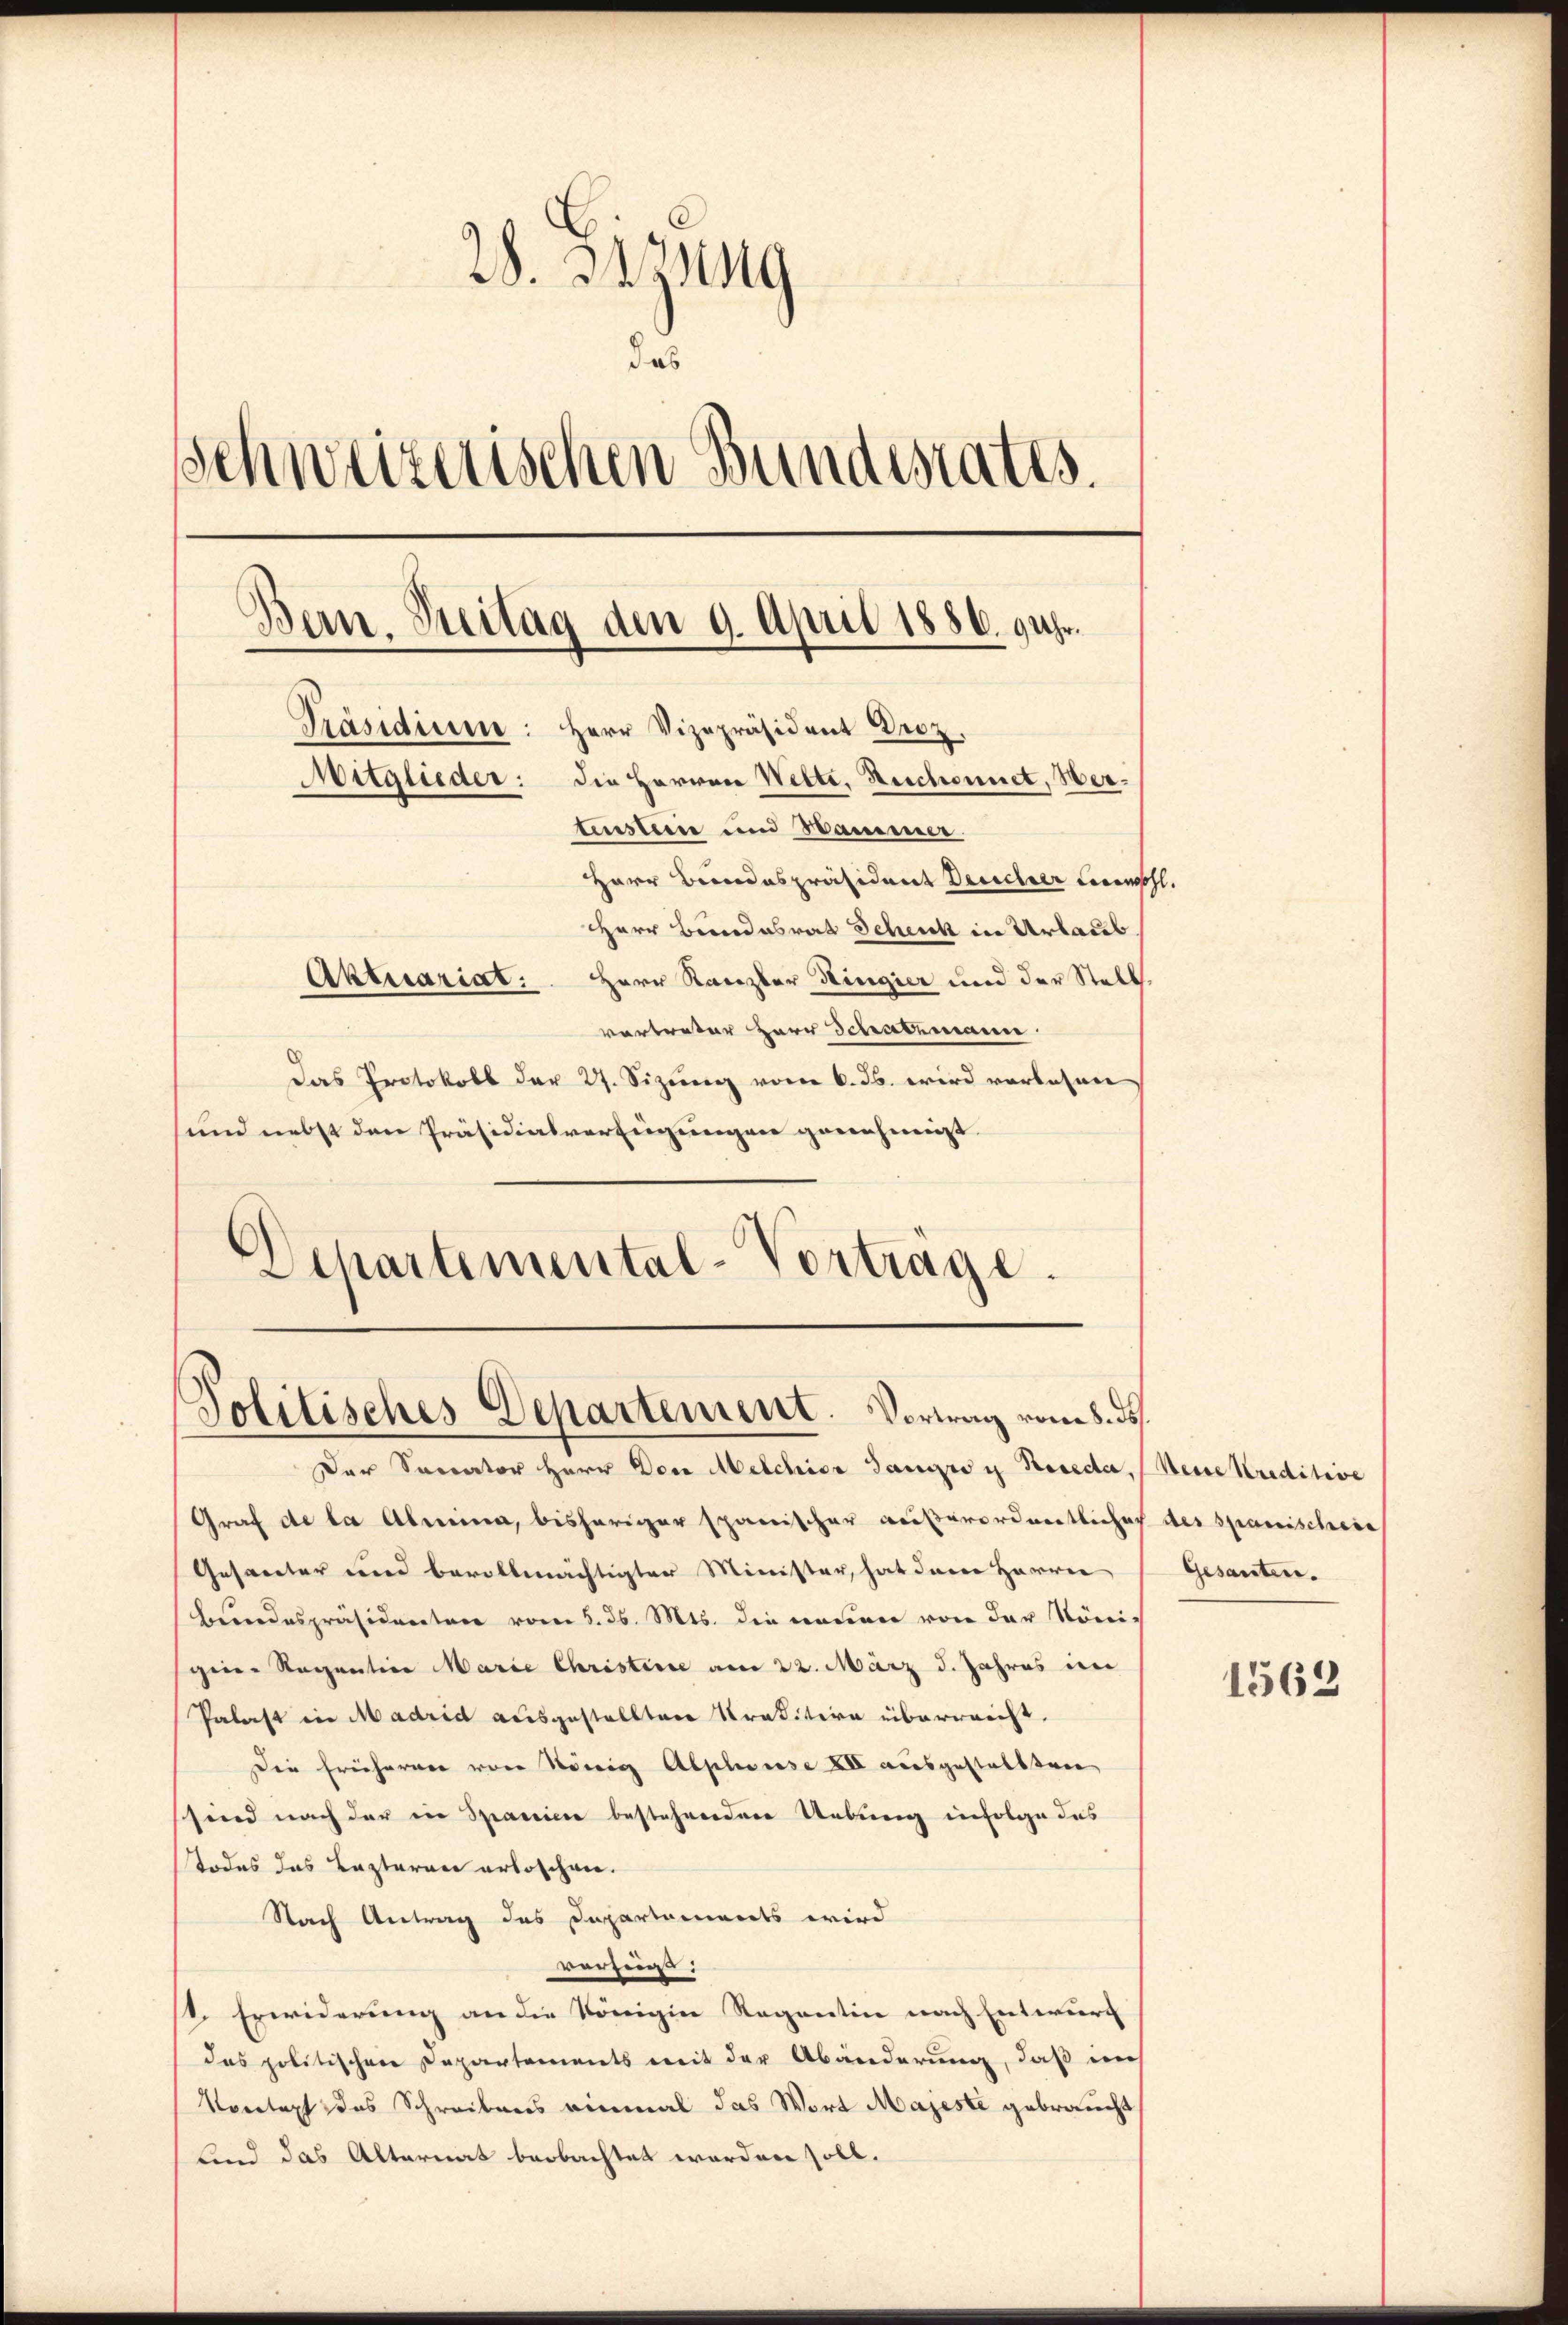
28. 32219
das
schweizerischen Bundesrates.
Bern, Steitag den 9. April 1886. 9 Uhr.
Präsidium: Herr Vizepräsident Droz
Mitglieder: die Herren Wetti, Reschonnet, Wertersteine und Wammer.
Herr Bundespräsident Deucher Licen
HHerr Bundesrat Scheick in Urlaub.
Aktuariat: Herr Kanzler Kingier und der Stell
vertreter Herr Schatzmann
Das Protokoll der 2. Sizung vom 6. ds. wird vorlesen

und nebst den Präsidialverfügungen genehmigt.
Departemental-Vorträge.

Politisches Departement. Vortrag vom 8. ds.

Der Sanator Herr Don Melchior Gang u Recede, Neue Kreditive
Graf de la Almina, bisheriger spanischer außerordentliches
Gesandter und bevollmächtigter Minister, hat davon Harrer
bundespräsidenten vom 5. d. Mts. die neuen von der Königine Regention Marie Christine am 22. März d. Jahres in
Palast in Madrid ausgestellten Kraditire überrrecht,
Die Freiherner von König Alphose XII ausgestellten
sind nach der in Spanici bestehenden Uebung infolge das
Todes das Lezteren erloschen.
Nach Antrag des Departements wird
verfass
12. Erwiderung an die Königin Regentin nach Entwurf
das politischen Departements mit der Abänderung, daß ich
Vontopf des Schreibens einmal das Wort Majeste gebraucht
Lind das Alternat beobachtet worden soll.

des Spanischein
Gesanten.

l.

1562